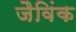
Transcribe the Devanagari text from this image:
जैविंक